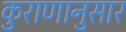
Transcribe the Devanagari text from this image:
कुराणानुसार